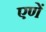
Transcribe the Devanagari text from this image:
एणें